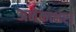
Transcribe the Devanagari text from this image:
अनेकाक्षर।